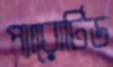
প্যারোটিড